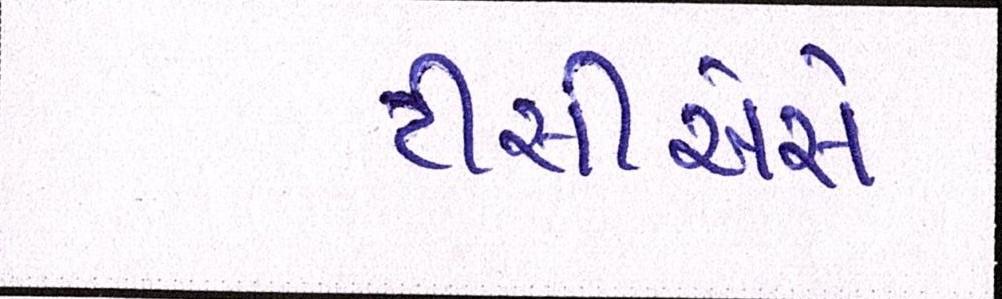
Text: ટીસીએસે